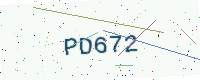
Text: PD672